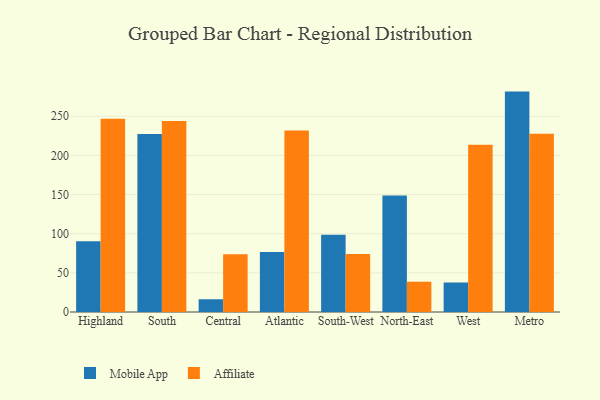
{"axis": {"x": "Region", "y": "LTV (USD)"}, "legend": ["Affiliate", "Mobile App"], "data": [{"x": "Highland", "y": 90.3, "type": "Mobile App"}, {"x": "Highland", "y": 246.8, "type": "Affiliate"}, {"x": "South", "y": 227.3, "type": "Mobile App"}, {"x": "South", "y": 244.0, "type": "Affiliate"}, {"x": "Central", "y": 16.3, "type": "Mobile App"}, {"x": "Central", "y": 73.6, "type": "Affiliate"}, {"x": "Atlantic", "y": 76.5, "type": "Mobile App"}, {"x": "Atlantic", "y": 231.9, "type": "Affiliate"}, {"x": "South-West", "y": 98.8, "type": "Mobile App"}, {"x": "South-West", "y": 74.0, "type": "Affiliate"}, {"x": "North-East", "y": 148.7, "type": "Mobile App"}, {"x": "North-East", "y": 38.7, "type": "Affiliate"}, {"x": "West", "y": 37.7, "type": "Mobile App"}, {"x": "West", "y": 213.7, "type": "Affiliate"}, {"x": "Metro", "y": 281.5, "type": "Mobile App"}, {"x": "Metro", "y": 227.6, "type": "Affiliate"}]}